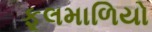
ફૂલમાળિયો